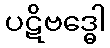
ပဋိဗဒ္ဓေါ